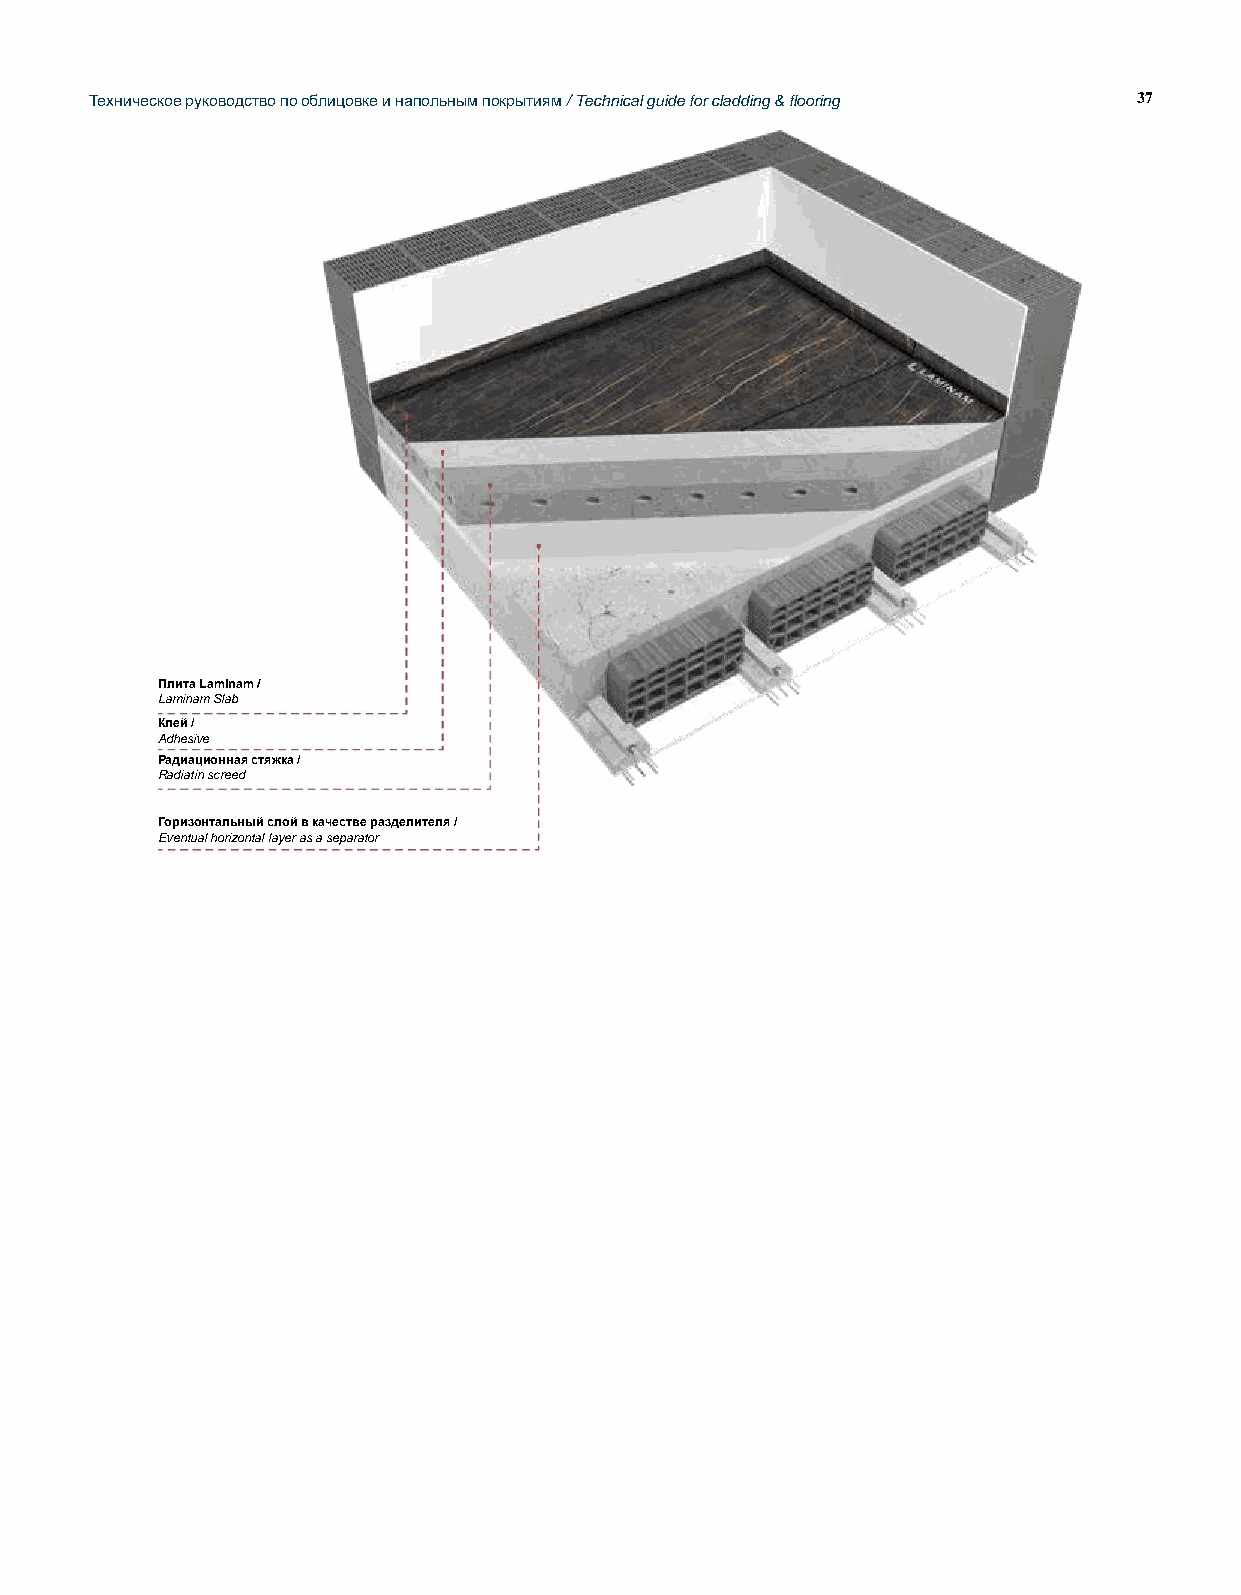
Техническое руководство по облицовке и напольным покрытиям / Technical guide for cladding & flooring 37
 Плита Laminam /
 Laminam Slab
 Клей /
 Adhesive
 Радиационная стяжка /
 Radiatin screed
 Горизонтальный слой в качестве разделителя /
 Eventual horizontal layer as a separator